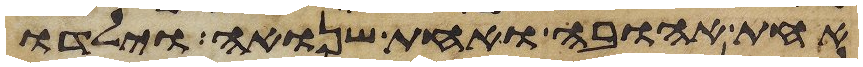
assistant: אחת אהובה ואחת שנואה וילדו